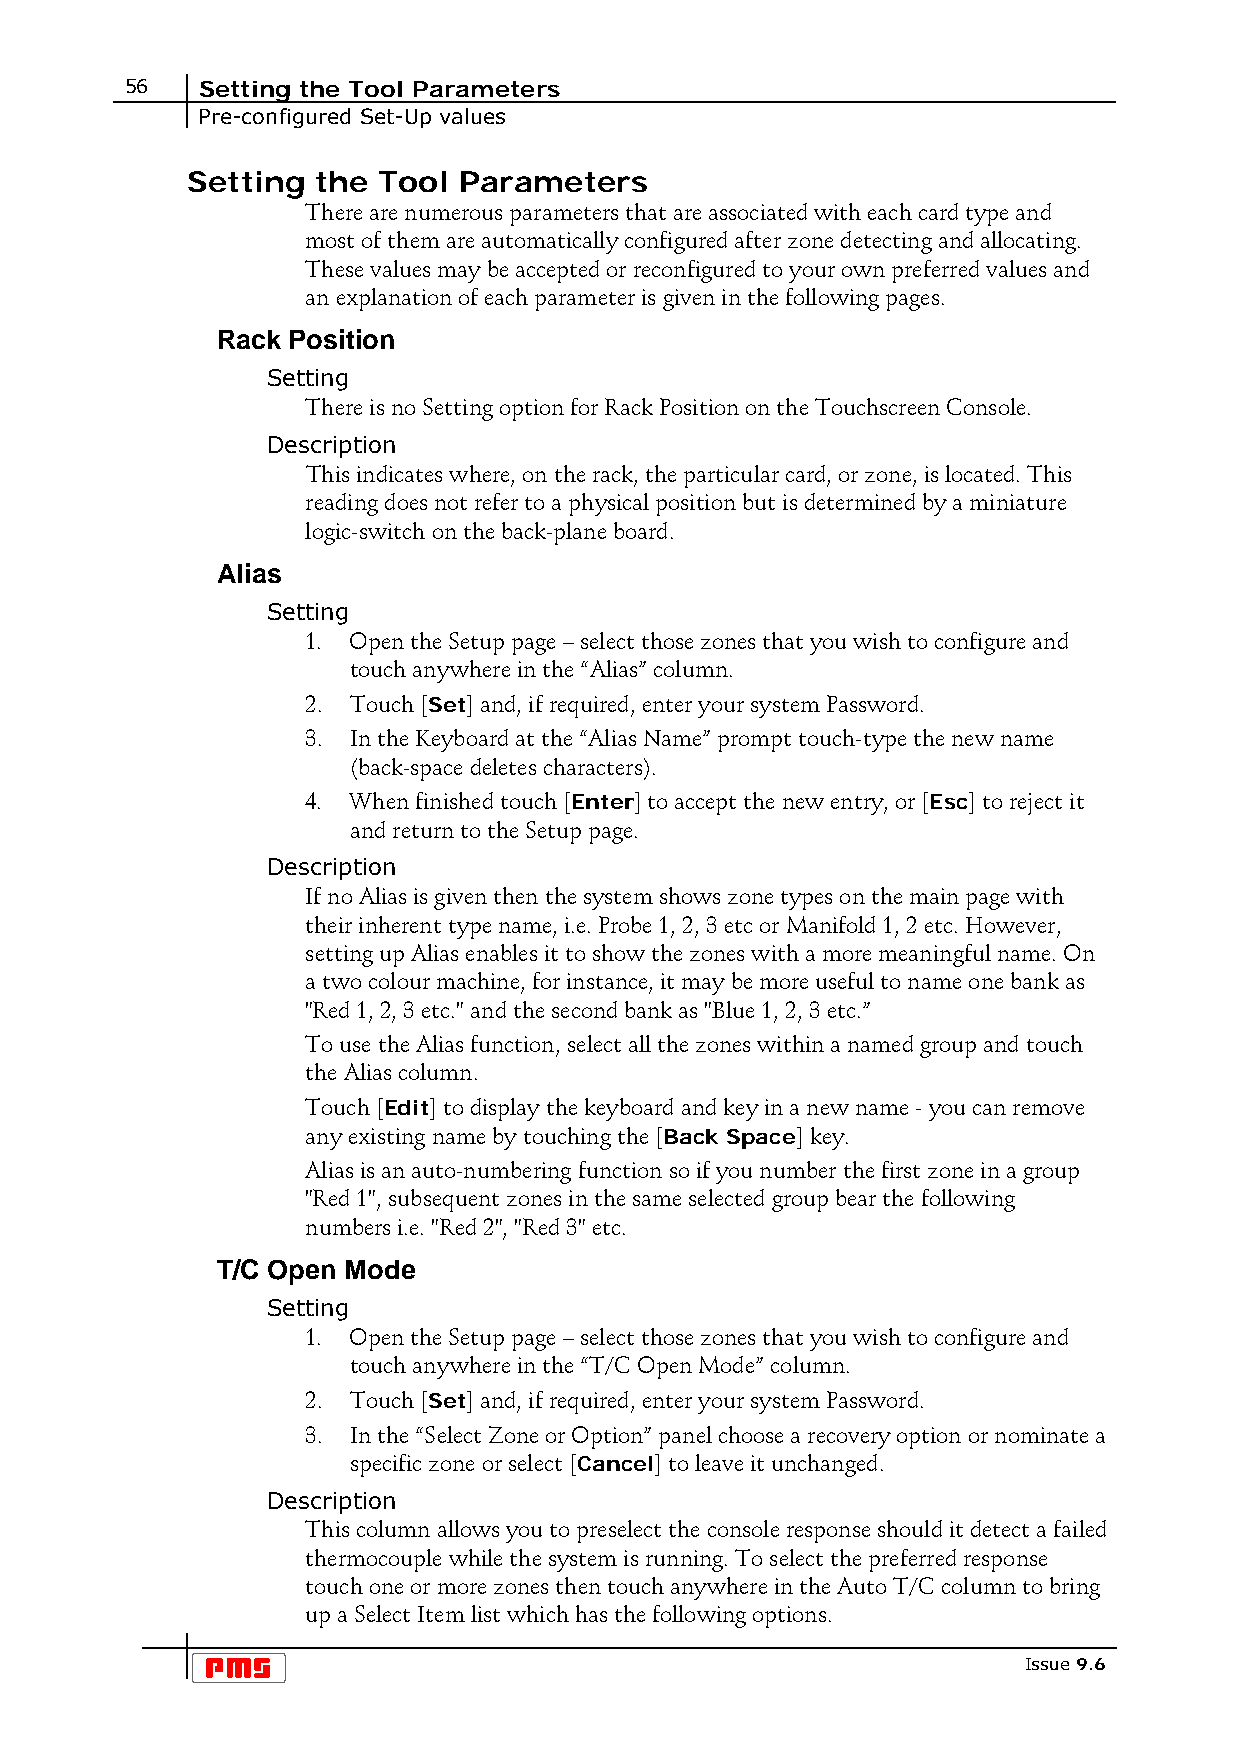
56   Setting the Tool Parameters
 Pre-configured Set-Up values
 Setting  the Tool Parameters
 There are numerous parameters that are associated with each card type and
 most of them are automatically configured after zone detecting and allocating.
 These values may be accepted or reconfigured to your own preferred values and
 an explanation of each parameter is given in the following pages.
 Rack Position
 Setting
 There is no Setting option for Rack Position on the Touchscreen Console.
 Description
 This indicates where, on the rack, the particular card, or zone, is located. This
 reading does not refer to a physical position but is determined by a miniature
 logic-switch on the back-plane board.
 Alias
 Setting
 1. Open the Setup page – select those zones that you wish to configure and
 touch anywhere in the “Alias” column.
 2. Touch [Set] and, if required, enter your system Password.
 3. In the Keyboard at the “Alias Name” prompt touch-type the new name
 (back-space deletes characters).
 4. When finished touch [Enter] to accept the new entry, or [Esc] to reject it
 and return to the Setup page.
 Description
 If no Alias is given then the system shows zone types on the main page with
 their inherent type name, i.e. Probe 1, 2, 3 etc or Manifold 1, 2 etc. However,
 setting up Alias enables it to show the zones with a more meaningful name. On
 a two colour machine, for instance, it may be more useful to name one bank as
 "Red 1, 2, 3 etc." and the second bank as "Blue 1, 2, 3 etc.”
 To use the Alias function, select all the zones within a named group and touch
 the Alias column.
 Touch [Edit] to display the keyboard and key in a new name - you can remove
 any existing name by touching the [Back Space] key.
 Alias is an auto-numbering function so if you number the first zone in a group
 "Red 1", subsequent zones in the same selected group bear the following
 numbers i.e. "Red 2", "Red 3" etc.
 T/C Open Mode
 Setting
 1. Open the Setup page – select those zones that you wish to configure and
 touch anywhere in the “T/C Open Mode” column.
 2. Touch [Set] and, if required, enter your system Password.
 3. In the “Select Zone or Option” panel choose a recovery option or nominate a
 specific zone or select [Cancel] to leave it unchanged.
 Description
 This column allows you to preselect the console response should it detect a failed
 thermocouple while the system is running. To select the preferred response
 touch one or more zones then touch anywhere in the Auto T/C column to bring
 up a Select Item list which has the following options.
 Issue 9.6